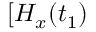
[ H _ { x } ( t _ { 1 } )